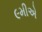
૯મીએ